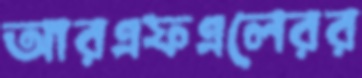
আরএফএলেরর